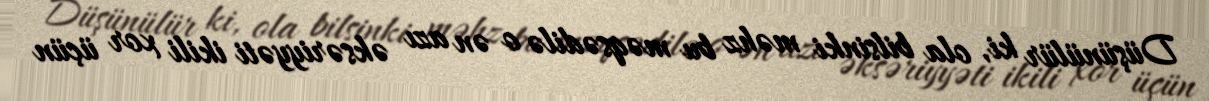
Düşünülür ki, ola bilsinki məhz bu məqsədilə o ən azı əksəriyyəti ikili xor üçün